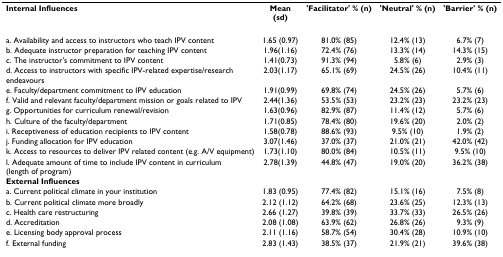
<table><thead><tr><td><b>Internal Influences</b></td><td><b>Mean(sd)</b></td><td><b>&#x27;Facilitator&#x27; % (n)</b></td><td><b>&#x27;Neutral&#x27; % (n)</b></td><td><b>&#x27;Barrier&#x27; % (n)</b></td></tr></thead><tbody><tr><td>a. Availability and access to instructors who teach IPV content</td><td>1.65 (0.97)</td><td>81.0% (85)</td><td>12.4% (13)</td><td>6.7% (7)</td></tr><tr><td>b. Adequate instructor preparation for teaching IPV content</td><td>1.96(1.16)</td><td>72.4% (76)</td><td>13.3% (14)</td><td>14.3% (15)</td></tr><tr><td>c. The instructor&#x27;s commitment to IPV content</td><td>1.41(0.73)</td><td>91.3% (94)</td><td>5.8% (6)</td><td>2.9% (3)</td></tr><tr><td>d. Access to instructors with specific IPV-related expertise/research endeavours</td><td>2.03(1.17)</td><td>65.1% (69)</td><td>24.5% (26)</td><td>10.4% (11)</td></tr><tr><td>e. Faculty/department commitment to IPV education</td><td>1.91(0.99)</td><td>69.8% (74)</td><td>24.5% (26)</td><td>5.7% (6)</td></tr><tr><td>f. Valid and relevant faculty/department mission or goals related to IPV</td><td>2.44(1.36)</td><td>53.5% (53)</td><td>23.2% (23)</td><td>23.2% (23)</td></tr><tr><td>g. Opportunities for curriculum renewal/revision</td><td>1.63(0.96)</td><td>82.9% (87)</td><td>11.4% (12)</td><td>5.7% (6)</td></tr><tr><td>h. Culture of the faculty/department</td><td>1.71(0.85)</td><td>78.4% (80)</td><td>19.6% (20)</td><td>2.0% (2)</td></tr><tr><td>i. Receptiveness of education recipients to IPV content</td><td>1.58(0.78)</td><td>88.6% (93)</td><td>9.5% (10)</td><td>1.9% (2)</td></tr><tr><td>j. Funding allocation for IPV education</td><td>3.07(1.46)</td><td>37.0% (37)</td><td>21.0% (21)</td><td>42.0% (42)</td></tr><tr><td>k. Access to resources to deliver IPV related content (e.g. A/V equipment)</td><td>1.73(1.10)</td><td>80.0% (84)</td><td>10.5% (11)</td><td>9.5% (10)</td></tr><tr><td>l. Adequate amount of time to include IPV content in curriculum (length of program)</td><td>2.78(1.39)</td><td>44.8% (47)</td><td>19.0% (20)</td><td>36.2% (38)</td></tr><tr><td><b>External Influences</b></td><td></td><td></td><td></td><td></td></tr><tr><td>a. Current political climate in your institution</td><td>1.83 (0.95)</td><td>77.4% (82)</td><td>15.1% (16)</td><td>7.5% (8)</td></tr><tr><td>b. Current political climate more broadly</td><td>2.12 (1.12)</td><td>64.2% (68)</td><td>23.6% (25)</td><td>12.3% (13)</td></tr><tr><td>c. Health care restructuring</td><td>2.66 (1.27)</td><td>39.8% (39)</td><td>33.7% (33)</td><td>26.5% (26)</td></tr><tr><td>d. Accreditation</td><td>2.08 (1.08)</td><td>63.9% (62)</td><td>26.8% (26)</td><td>9.3% (9)</td></tr><tr><td>e. Licensing body approval process</td><td>2.11 (1.16)</td><td>58.7% (54)</td><td>30.4% (28)</td><td>10.9% (10)</td></tr><tr><td>f. External funding</td><td>2.83 (1.43)</td><td>38.5% (37)</td><td>21.9% (21)</td><td>39.6% (38)</td></tr></tbody></table>